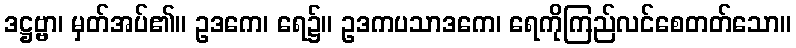
ဒဋ္ဌဗ္ဗာ၊ မှတ်အပ်၏။ ဥဒကေ၊ ရေ၌။ ဥဒကပသာဒကေ၊ ရေကိုကြည်လင်စေတတ်သော။